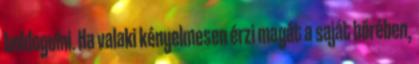
boldogulni. Ha valaki kényelmesen érzi magát a saját bőrében,